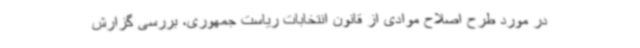
در مورد طرح اصلاح موادی از قانون انتخابات ریاست جمهوری، بررسی گزارش